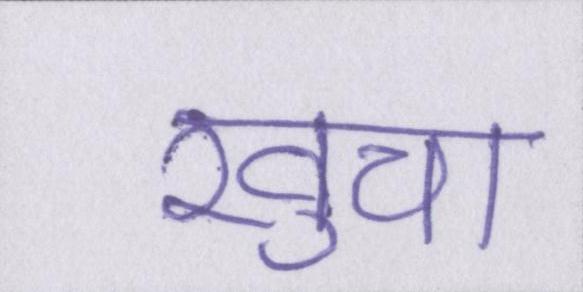
खुचा